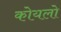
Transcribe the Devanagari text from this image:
कोयलो